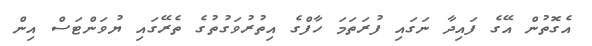
އެގޮތުން އޭގެ ފައިދާ ނަގައި ފުރަތަމަ ހާފްގެ އިތުރުވަގުތުގެ ތެރޭގައި ޔުވަންޓަސް އިން